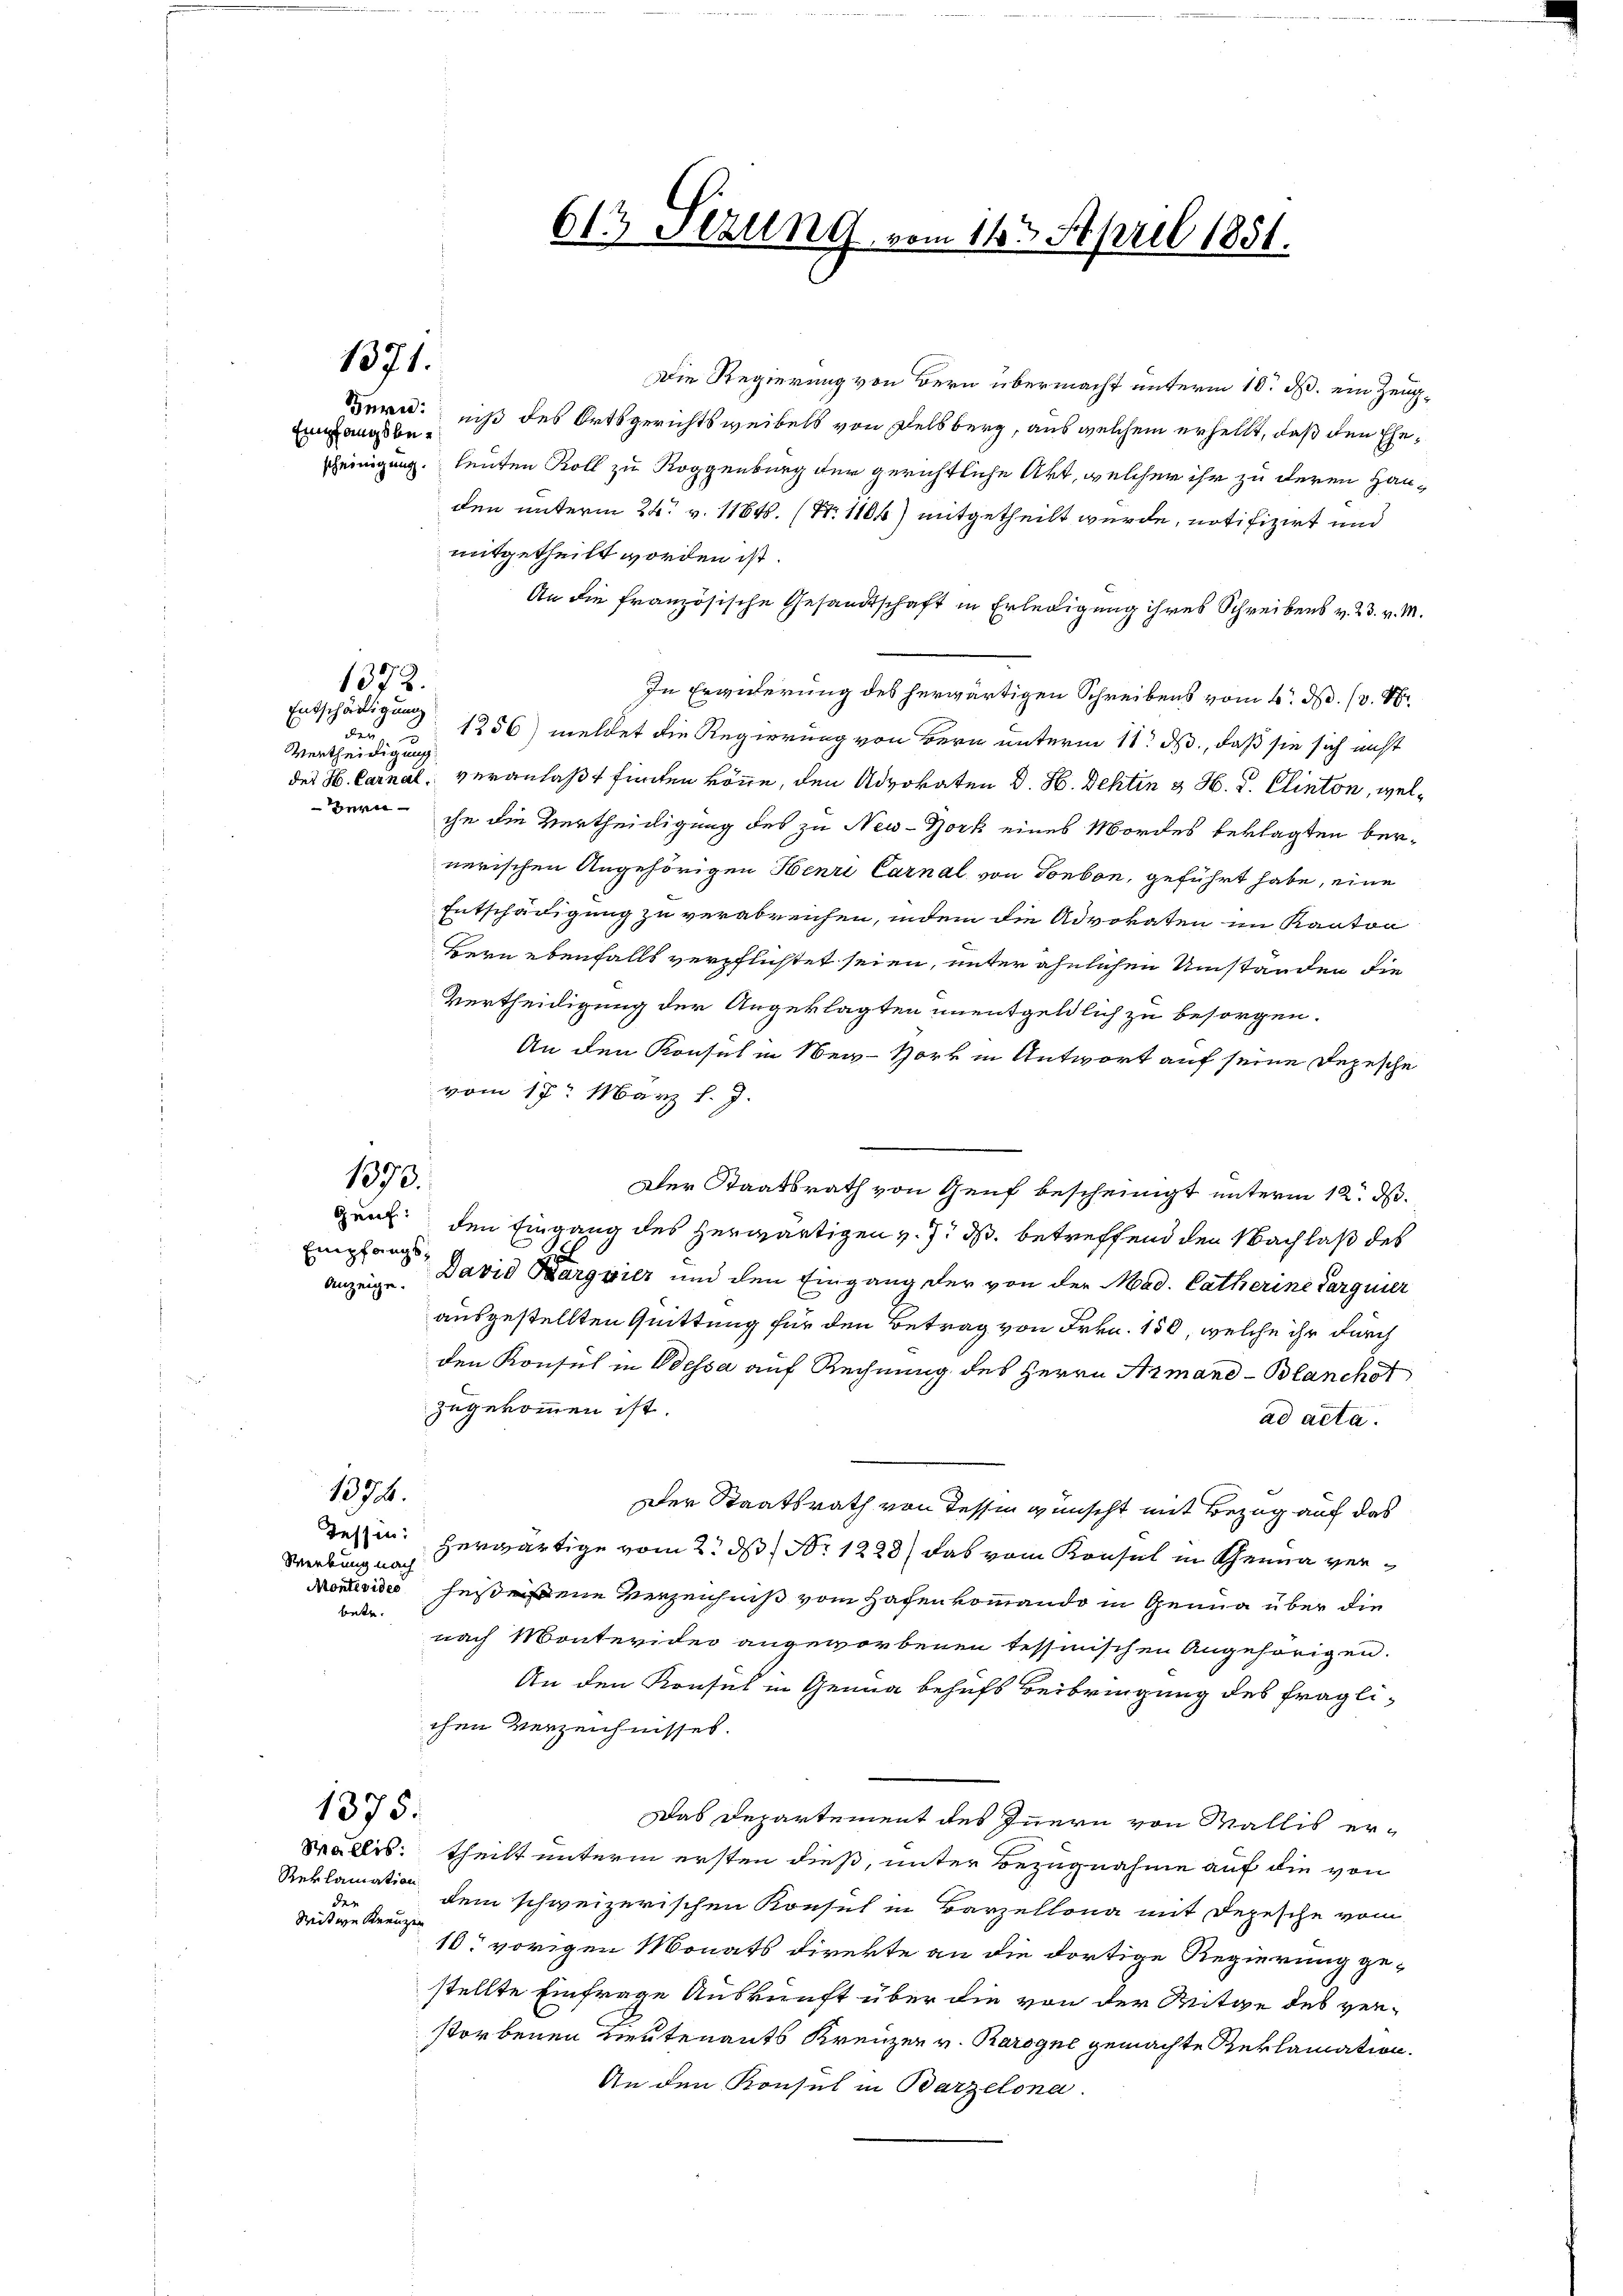
1371.

Fern:
Empfangsbe¬

1372.

Entschädigung
den
Vertheidigung

mitgetheilt worden ist.
An die französische Gesandtschaft in Erledigung ihres Schreibens v. 23. v. M.
In Erwiderung des herwärtigen Schreibens vom 4. M. (v. 18.
1256) meldet die Regierung von Bern unterm 11. M., daß sie sich nicht
des H. Carnal, veranlaßt finden könne, den Advokaten d. H. Sehtin & H. d. Clinton, wel¬
Bern ihn die Vertheidigung des zu New-York eines Mordes beklagten bernerischen Angehörigen Henri Carnal von Tonbon, geführt habe, eine
Entschädigung zu verabreichen, indem die Advokaten im Kanton
Bern ebenfalls verpflichtet seien, unter ähnlichen Umständen die
Vertheidigung der Angeklagten unentgeldlich zu besorgen.
An den Konsul in New-York in Antwort auf seine Depesche
vom 17. März l. J.
Der Staatsrath von Genf bescheinigt unterm 12. d.
Gruk, den Eingang des herwärtigen v. J. ds. betreffend den Nachlaß des
Anzeige. David Bargvier und den Eingang der von der Mad. Catherine Parguier
ausgestellten Quittung für den Betrag von Frkn. 150, welche ihr durch
den Konsul in Dessa auf Rechnung des Herrn Armand - Blanchot
zugekommen ist.
ad acta.
1376.
Der Staatsrath von dessen wünscht mit Bezug auf das
Tesen herwärtige vom 2. ds No. 1228) das vom Konsul in Therna ver¬
Werbung nach
Menvide gestene Verzeichniß vom Hafen kommando in Genua über die
bete.
nach Montevider angeworbenen Tessinischen Angehörigen.
An den Konsul in Genua behufs Beibringung des fraglichen Verzeichnisses.
1375.
Das Departement des Innern von Wallis er¬
Wallis theilt unterm ersten dieß, unter Bezugnahme auf die von
Reklamation
de
dem schweizerischen Konsul in Barzellona mit Depesche vom
Witwe Kreuzen
10 vorigen Monats direkte an die dortige Regierung gestellte Einfrage Auskunft über die von der Reitge des verstorbenen Lieutenants Kreuzen v. Rarogne gemachte Reklamation.
An den Konsul in Barzelona

Empfangs¬

1393.

613 Stzung, vom 14. April 1851.

Die Regierung von Bern übermacht unterm 10. d. ein Zeugniß des Ortsgerichtsweibels von Delsberg, aus welchem erhellt, daß den Eheeinigung. Leuten Roll zu Roggenburg der gerichtliche Art, welcher ihr zu deren Hauden unterm 24. v. 1184. (N. 1104) mitgetheilt wurde, notifizirt und